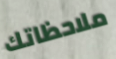
ملاحظاتك